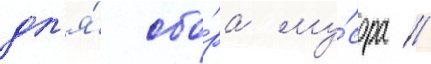
дл'я́ сбо́ра му́сора //